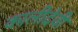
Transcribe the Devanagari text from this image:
कालीदेवी